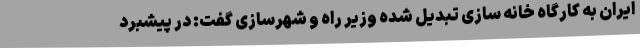
ایران به کارگاه خانه سازی تبدیل شده وزیر راه و شهرسازی گفت: در پیشبرد